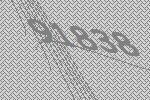
91838